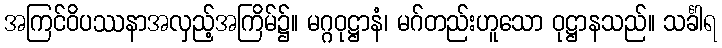
အကြင်ဝိပဿနာအလှည့်အကြိမ်၌။ မဂ္ဂဝုဋ္ဌာနံ၊ မဂ်တည်းဟူသော ဝုဋ္ဌာနသည်။ သင်္ခါရ